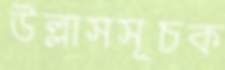
উল্লাসসূচক